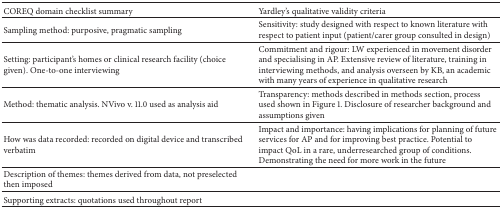
<table><thead><tr><td><b>COREQ domain checklist summary</b></td><td><b>Yardley&#x27;s qualitative validity criteria</b></td></tr></thead><tbody><tr><td>Sampling method: purposive, pragmatic sampling</td><td>Sensitivity: study designed with respect to known literature with respect to patient input (patient/carer group consulted in design)</td></tr><tr><td>Setting: participant&#x27;s homes or clinical research facility (choice given). One-to-one interviewing</td><td>Commitment and rigour: LW experienced in movement disorder and specialising in AP. Extensive review of literature, training in interviewing methods, and analysis overseen by KB, an academic with many years of experience in qualitative research</td></tr><tr><td>Method: thematic analysis. NVivo v. 11.0 used as analysis aid</td><td>Transparency: methods described in methods section, process used shown in Figure 1. Disclosure of researcher background and assumptions given</td></tr><tr><td>How was data recorded: recorded on digital device and transcribed verbatim</td><td>Impact and importance: having implications for planning of future services for AP and for improving best practice. Potential to impact QoL in a rare, underresearched group of conditions. Demonstrating the need for more work in the future</td></tr><tr><td>Description of themes: themes derived from data, not preselected then imposed</td><td> </td></tr><tr><td>Supporting extracts: quotations used throughout report</td><td> </td></tr></tbody></table>